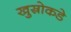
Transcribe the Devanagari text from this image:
खुस्रोकडे